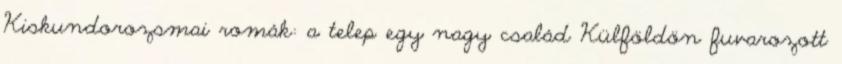
Kiskundorozsmai romák: a telep egy nagy család Külföldön fuvarozott